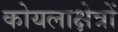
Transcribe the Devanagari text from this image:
कोयलाक्षेत्रों